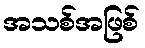
အသစ်အဖြစ်